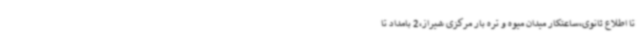
تا اطلاع ثانوی،ساعتکار میدان میوه و تره بار مرکزی شیراز،2 بامداد تا